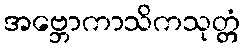
အဗ္ဘောကာသိကသုတ္တံ